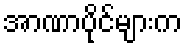
အာဏာပိုင်များက